Madras plague regulations and rules - Volume 2
Disease focus: Plague
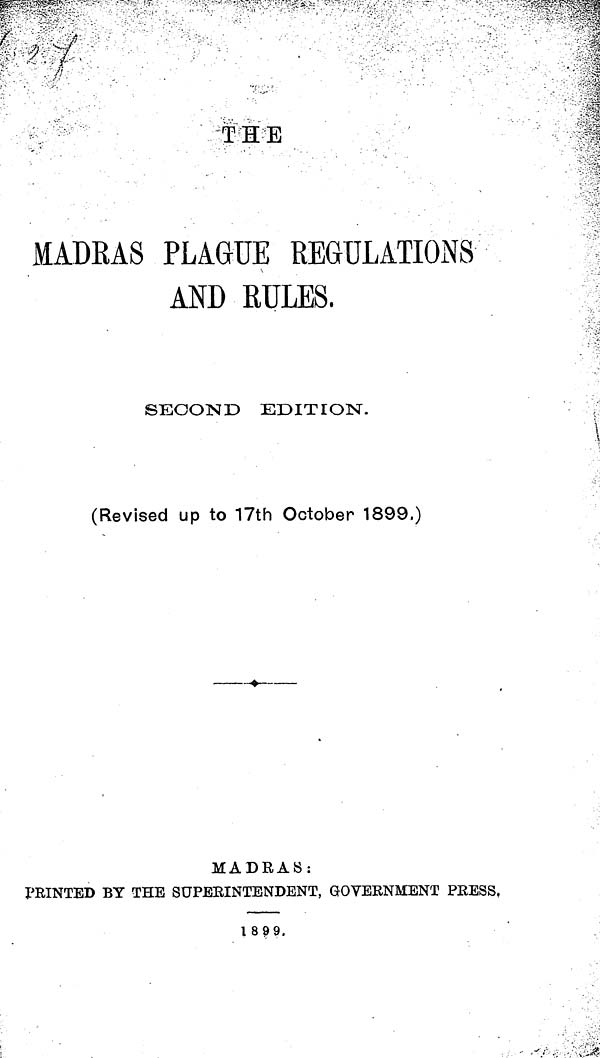
THE
MADRAS PLAGUE REGULATIONS
AND RULES.
SECOND EDITION.
(Revised up to 17th October 1899.)
MADRAS:
PRINTED BY THE SUPERINTENDENT, GOVERNMENT PRESS,
1899,